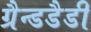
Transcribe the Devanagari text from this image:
ग्रैन्डडैडी